Medical and sanitary report on the native army of Bombay for the year
Year: 1877
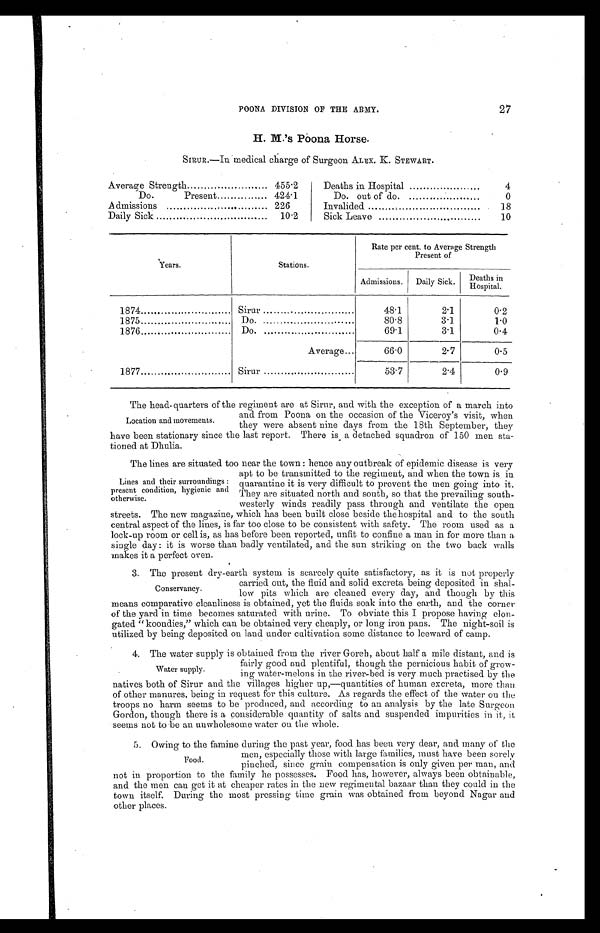
POONA DIVISION OF THE ARMY.
27
H. M.'s Poona Horse.
SIRUR.—In medical charge of Surgeon ALEX. K. STEWART.
Average Strength
455.2
Deaths in Hospital
4
Do.
Present
424.1
Do out of do.
0
Admissions
.
226
Invalided .........................
18
Daily Sick
10.2
Sick Leave
10
Years.
Stations.
Rate per cent. to Avenge Strength
Present of
Admissions.
Daily Sick.
Deaths in
Hospital.
1874
Sirur
48.1
2.1
0.2
1875
Do.
80.8
3.1
1.0
1876
Do.
69.1
3.1
0.4
Average
66.0
2.7
0.5
1877
Sirur
53.7
2.4
0.9
Location and movements.
The head-quarters of the regiment are at Sirur, and with the exception of a march into
and from Poona on the occasion of the Viceroy's visit, when
they were absent nine days from the 18th September, they
have been stationary since the last report. There is a detached squadron of 150 men sta-
tioned at Dhulia.
Lines and their surroundings :
present condition, hygienic and
otherwise.
The lines are situated too near the town : hence any outbreak of epidemic disease is very
apt to be transmitted to the regiment, and when the town is in
quarantine it is very difficult to prevent the men going into it.
They are situated north and south, so that the prevailing south-
westerly winds readily pass through and ventilate the open
streets. The new magazine, which has been built close beside the hospital and to the south
central aspect of the lines, is far too close to be consistent with safety. The room used as a
lock-up room or cell is, as has before been reported, unfit to confine a man in for more than a
single day: it is worse than badly ventilated, and the sun striking on the two back walls
makes it a perfect oven.
Conservancy.
3. The present dry-earth system is scarcely quite satisfactory, as it is not properly
carried out, the fluid and solid excreta being deposited in shal-
low pits which are cleaned every day, and though by this
means comparative cleanliness is obtained, yet the fluids soak into the earth, and the corner
of the yard in time becomes saturated with urine. To obviate this I propose having elon-
gated "koondies," which can be obtained very cheaply, or long iron pans. The night-soil is
utilized by being deposited on land under cultivation some distance to leeward of camp.
Water supply.
4. The water supply is obtained from the river Goreh, about half a mile distant, and is
fairly good and plentiful, though the pernicious habit of grow-
ing water-melons in the river-bed is very much practised by the
natives both of Sirur and the villages higher up,—quantities of human excreta, more than
of other manures, being in request for this culture. As regards the effect of the water on the
troops no harm seems to be produced, and according to an analysis by the late Surgeon
Gordon, though there is a considerable quantity of salts and suspended impurities in it, it
seems not to be an unwholesome water on the whole.
Food.
5. Owing to the famine during the past year, food . has been very dear, and many of the
men, especially those with large families, must have been sorely
pinched, since grain compensation is only given per man, and
not in proportion to the family he possesses. Food has, however, always been obtainable,
and the men can get it at cheaper rates in the new regimental bazaar than they could in the
town itself. During the most pressing time grain was obtained from beyond Nagar and
other places.